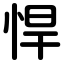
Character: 悍